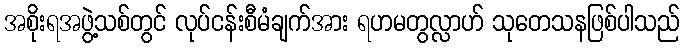
အစိုးရအဖွဲ့သစ်တွင် လုပ်ငန်းစီမံချက်အား ရဟမတွလ္လာဟ် သုတေသနဖြစ်ပါသည်